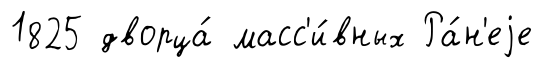
1825 дворца́ масс'и́вных Ра́н'еjе